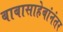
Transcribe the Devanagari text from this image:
बाबासाहेबांनंतर